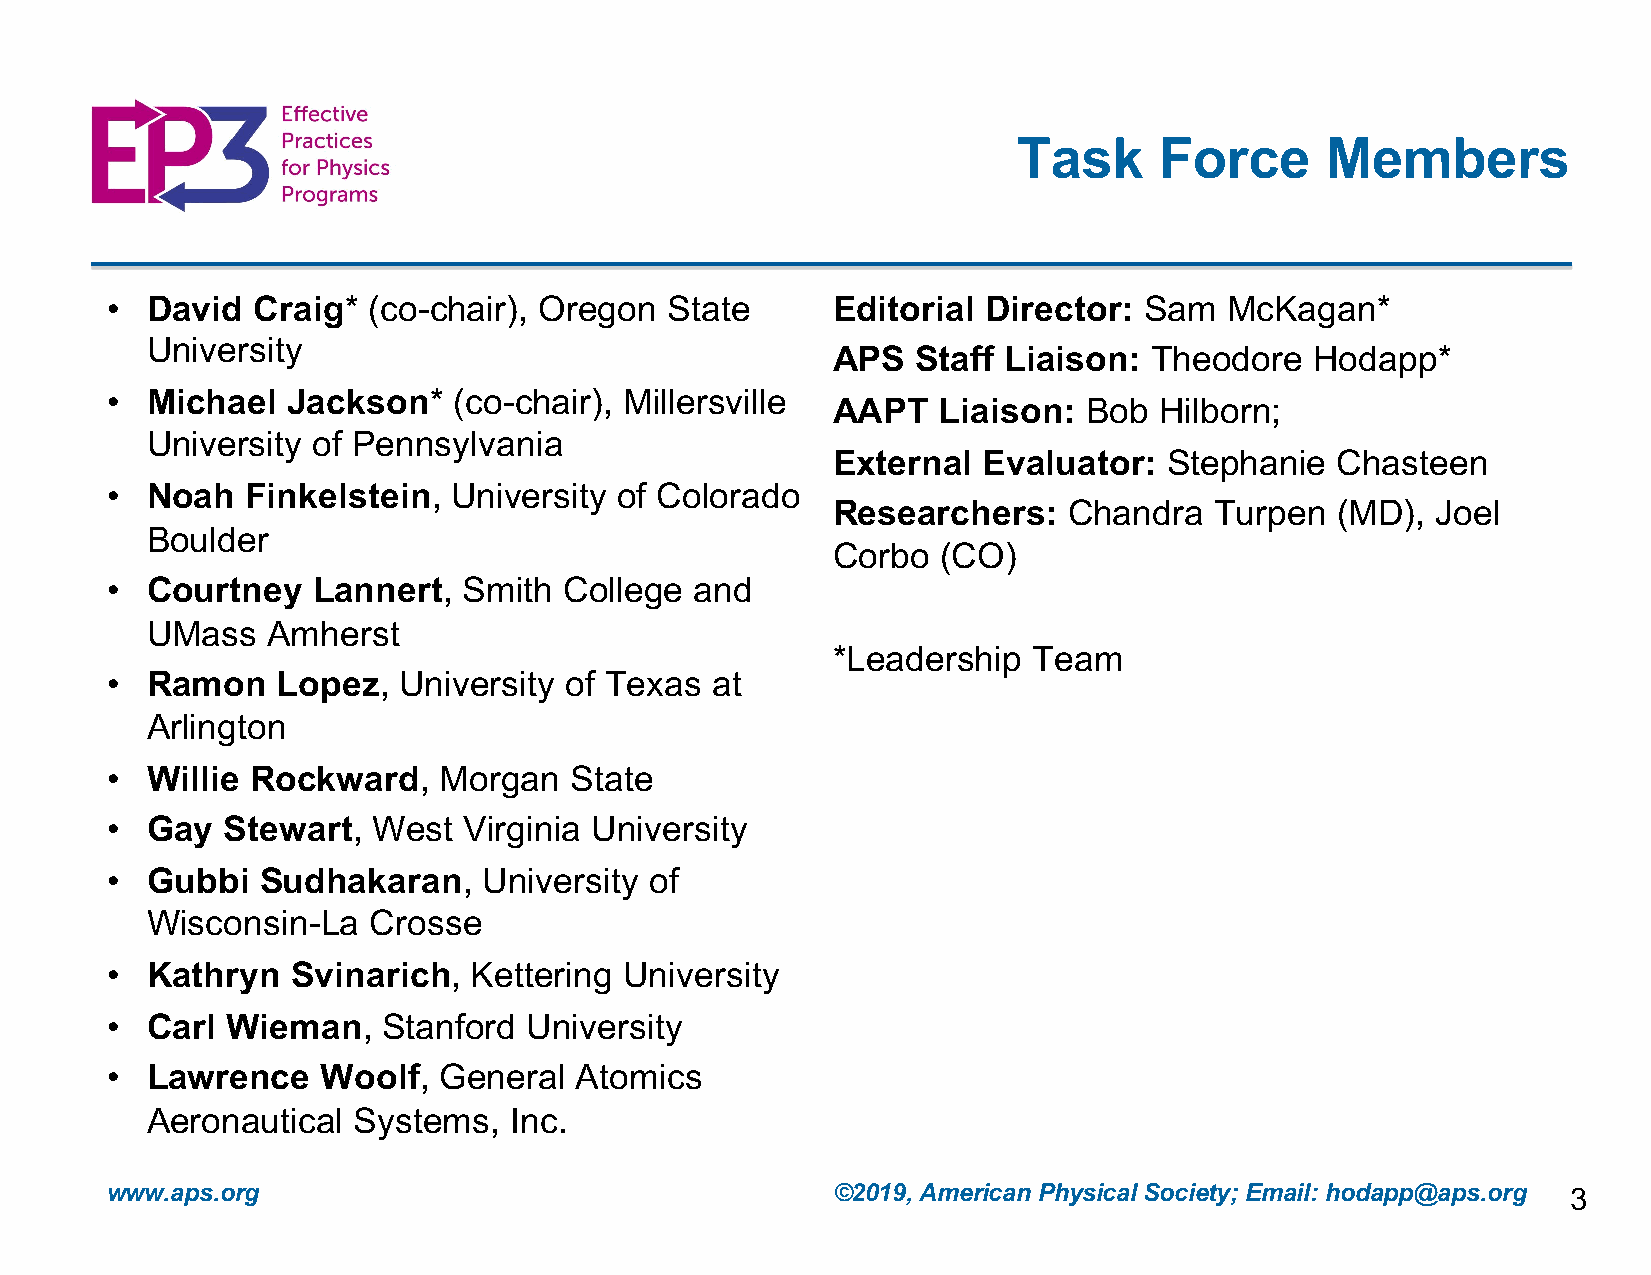
Task      Force      Members
 •  David  Craig* (co-chair), Oregon  State      Editorial Director:  Sam  McKagan*
 University
 APS   Staff Liaison: Theodore   Hodapp*
 •  Michael  Jackson*   (co-chair), Millersville
 AAPT   Liaison:  Bob  Hilborn;
 University of Pennsylvania
 External  Evaluator:  Stephanie  Chasteen
 •  Noah  Finkelstein,  University of Colorado
 Researchers:    Chandra  Turpen  (MD),  Joel
 Boulder
 Corbo  (CO)
 •  Courtney   Lannert,  Smith College  and
 UMass   Amherst
 *Leadership  Team
 •  Ramon   Lopez,  University of Texas  at
 Arlington
 •  Willie Rockward,   Morgan   State
 •  Gay  Stewart,  West  Virginia University
 •  Gubbi  Sudhakaran,    University of
 Wisconsin-La  Crosse
 •  Kathryn  Svinarich,  Kettering University
 •  Carl Wieman,   Stanford  University
 •  Lawrence   Woolf,  General  Atomics
 Aeronautical Systems,   Inc.
 www.aps.org                                     ©2019, American Physical Society; Email: hodapp@aps.org 3